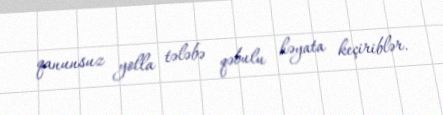
qanunsuz yolla tələbə qəbulu həyata keçiriblər.